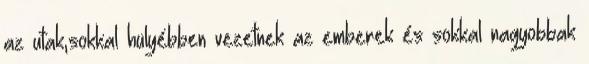
az utak,sokkal hülyébben vezetnek az emberek és sokkal nagyobbak